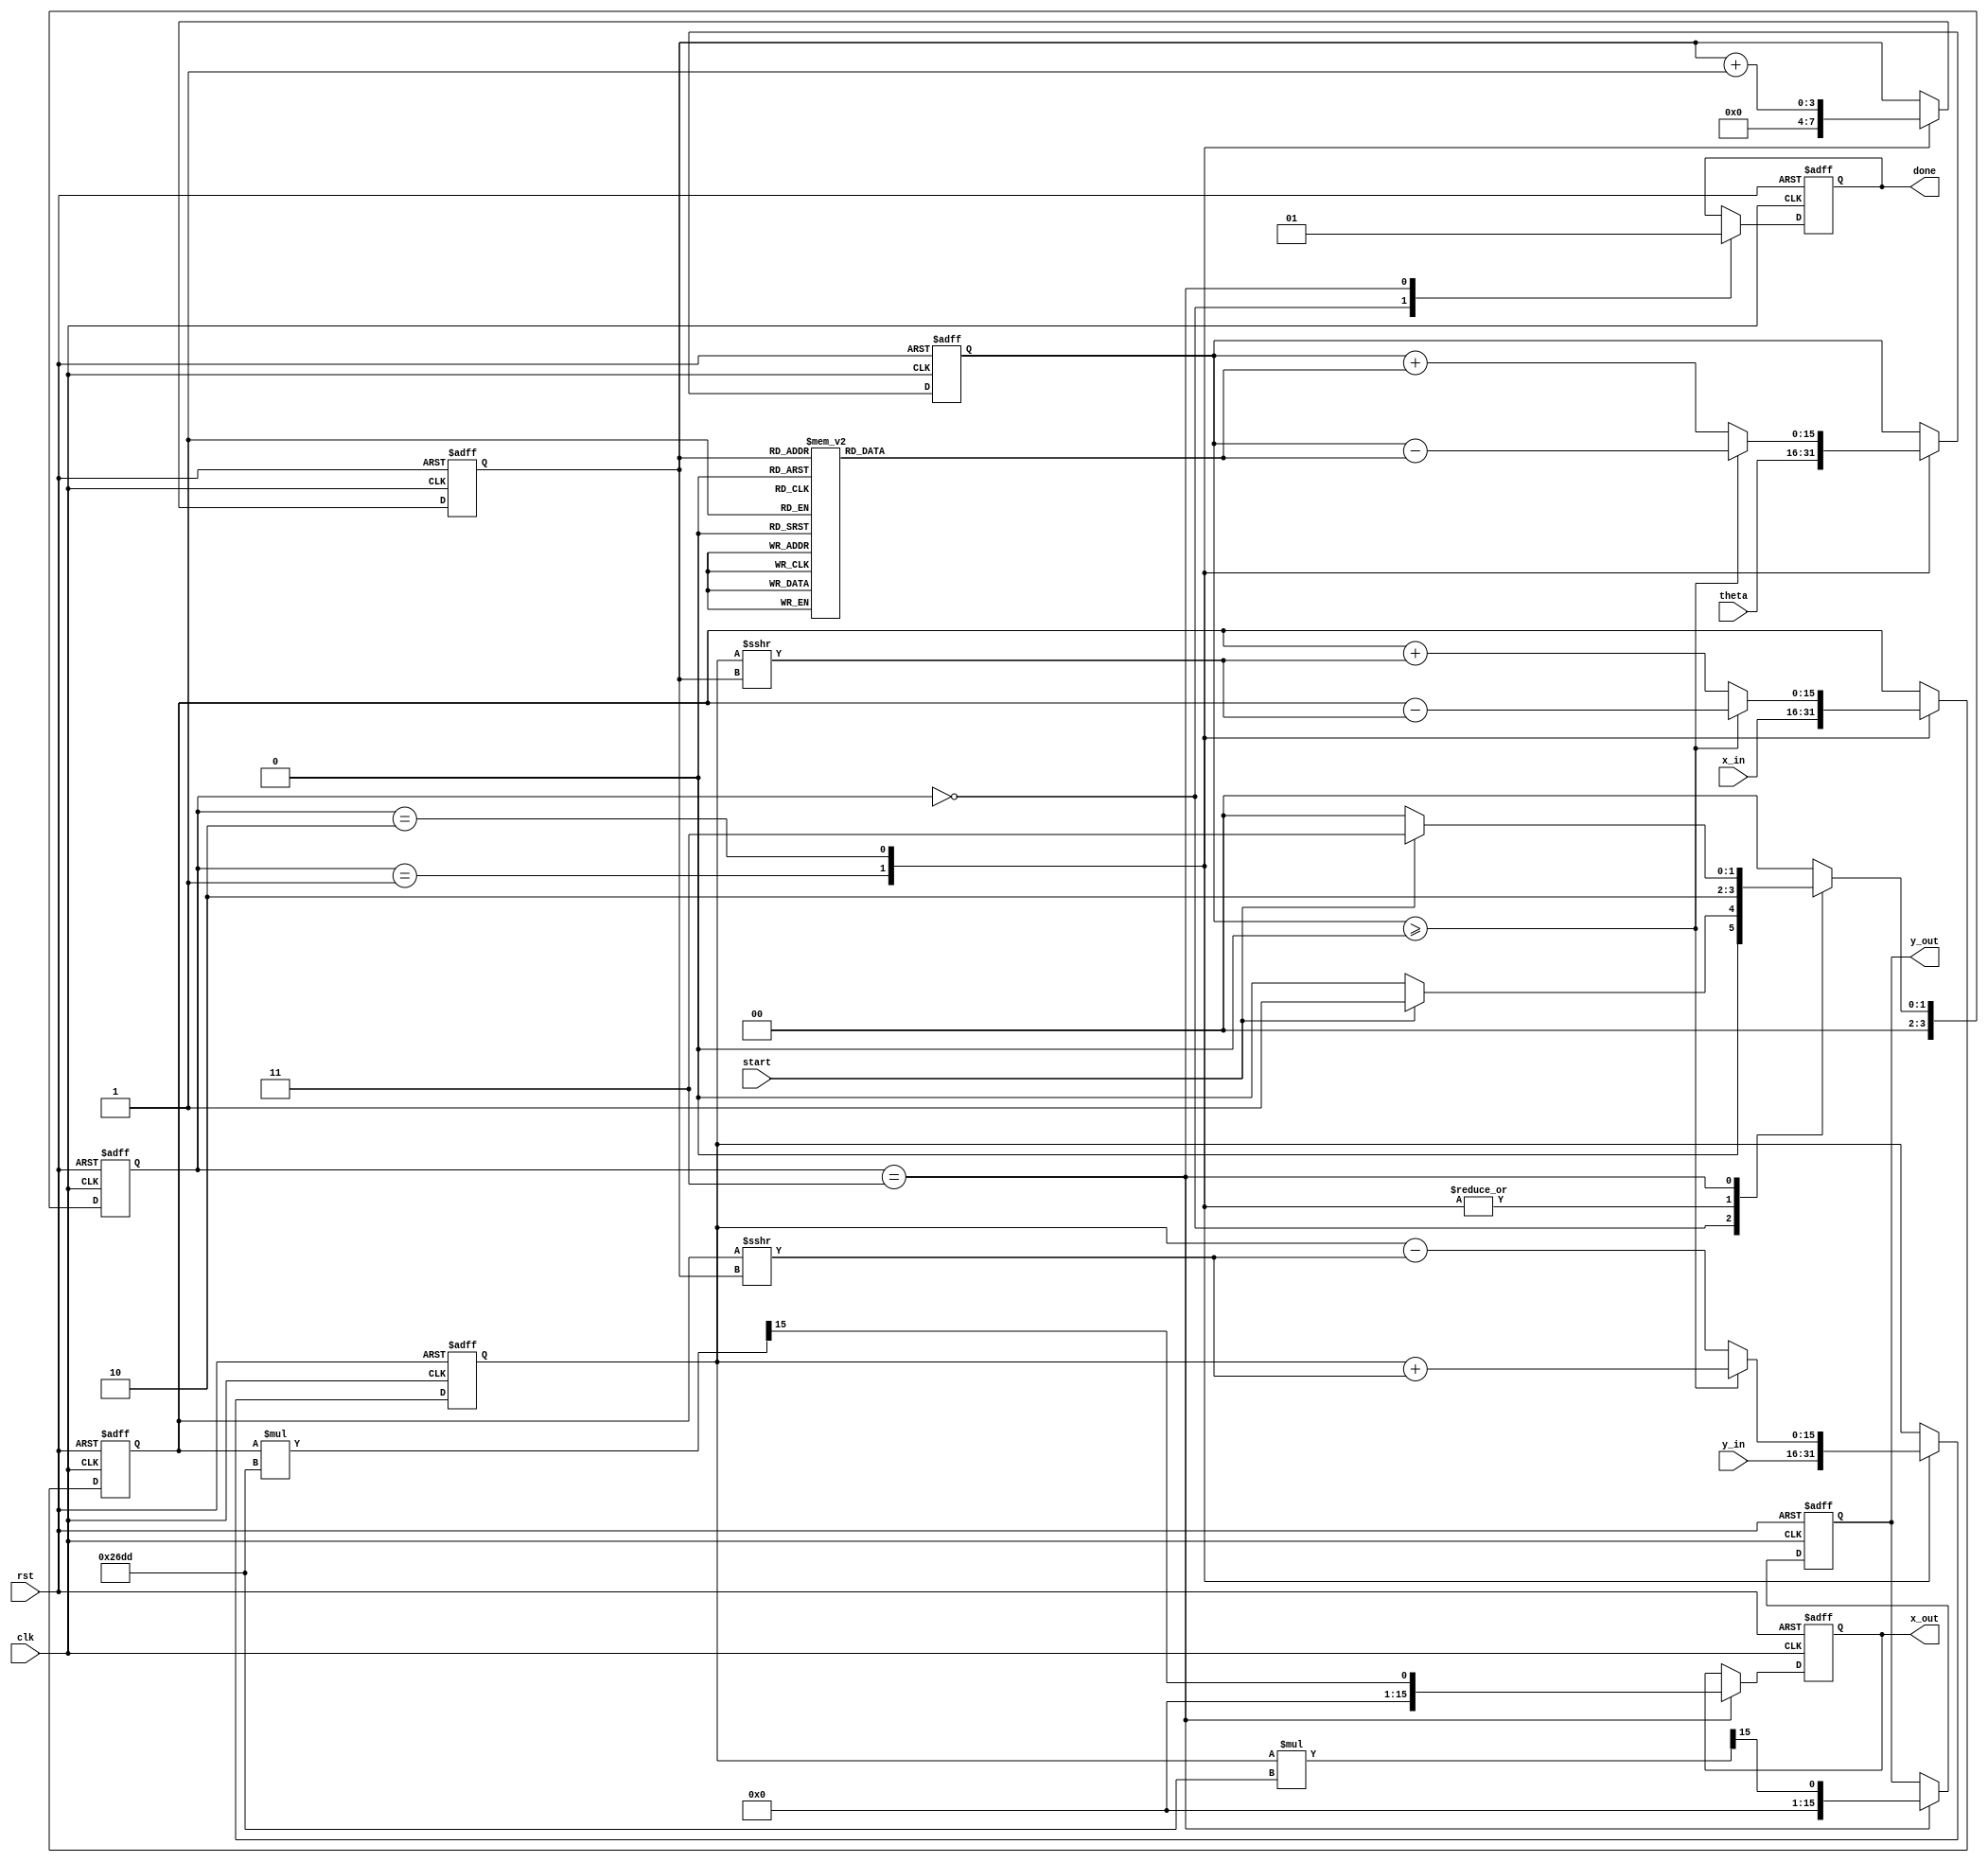
module cordic_2d (
    input clk,
    input rst,
    input start,
    input signed [15:0] x_in,   // Fixed-point x input
    input signed [15:0] y_in,   // Fixed-point y input
    input signed [15:0] theta,   // Fixed-point angle input
    output reg signed [15:0] x_out, // Fixed-point x output
    output reg signed [15:0] y_out, // Fixed-point y output
    output reg done             // Operation completion signal
);

    // Parameters
    parameter ITERATIONS = 16;
    parameter ANGLE_WIDTH = 16;
    parameter CORDIC_GAIN = 16'h26DD; // Scaling factor 1/K = 0.6073...
    
    // Internal Signals
    reg signed [15:0] x_reg, y_reg;
    reg signed [ANGLE_WIDTH-1:0] theta_reg;
    reg [3:0] state, next_state;
    reg [3:0] iteration_count;

    // CORDIC angle lookup table
    reg signed [ANGLE_WIDTH-1:0] angle_table [0:ITERATIONS-1];
    
    initial begin
        // Populate angle lookup table
        angle_table[0] = 16'h3C90; // atan(2^-0)
        angle_table[1] = 16'h3B6F; // atan(2^-1)
        angle_table[2] = 16'h3A8C; // atan(2^-2)
        angle_table[3] = 16'h39A0; // atan(2^-3)
        angle_table[4] = 16'h38F6; // atan(2^-4)
        angle_table[5] = 16'h388E; // atan(2^-5)
        angle_table[6] = 16'h3842; // atan(2^-6)
        angle_table[7] = 16'h3800; // atan(2^-7)
        angle_table[8] = 16'h07C9; // atan(2^-8)
        angle_table[9] = 16'h03E8; // atan(2^-9)
        angle_table[10] = 16'h01FB; // atan(2^-10)
        angle_table[11] = 16'h00FE; // atan(2^-11)
        angle_table[12] = 16'h007F; // atan(2^-12)
        angle_table[13] = 16'h003F; // atan(2^-13)
        angle_table[14] = 16'h001F; // atan(2^-14)
        angle_table[15] = 16'h000F; // atan(2^-15)
    end
    
    // FSM States
    localparam IDLE = 4'b0000,
               INIT = 4'b0001,
               PROCESS = 4'b0010,
               DONE = 4'b0011;

    // State transition logic
    always @(posedge clk or posedge rst) begin
        if (rst) begin
            state <= IDLE;
        end else begin
            state <= next_state;
        end
    end

    // Next state logic
    always @(*) begin
        case (state)
            IDLE: begin
                if (start) 
                    next_state = INIT;
                else 
                    next_state = IDLE;
            end
            INIT: begin
                next_state = PROCESS;
            end
            PROCESS: begin
                if (iteration_count == ITERATIONS)
                    next_state = DONE;
                else 
                    next_state = PROCESS;
            end
            DONE: begin
                if (!start) 
                    next_state = IDLE;
                else 
                    next_state = DONE;
            end
            default: next_state = IDLE;
        endcase
    end

    // Output logic and iteration processing
    always @(posedge clk or posedge rst) begin
        if (rst) begin
            x_reg <= 0;
            y_reg <= 0;
            theta_reg <= 0;
            iteration_count <= 0;
            done <= 0;
            x_out <= 0;
            y_out <= 0;
        end else begin
            case (state)
                IDLE: begin
                    done <= 0;
                end
                INIT: begin
                    x_reg <= x_in;
                    y_reg <= y_in;
                    theta_reg <= theta;
                    iteration_count <= 0;
                end
                PROCESS: begin
                    if (theta_reg >= 0) begin
                        x_reg <= x_reg - (y_reg >>> iteration_count);
                        y_reg <= y_reg + (x_reg >>> iteration_count);
                        theta_reg <= theta_reg - angle_table[iteration_count];
                    end else begin
                        x_reg <= x_reg + (y_reg >>> iteration_count);
                        y_reg <= y_reg - (x_reg >>> iteration_count);
                        theta_reg <= theta_reg + angle_table[iteration_count];
                    end
                    iteration_count <= iteration_count + 1;
                end
                DONE: begin
                    x_out <= x_reg * CORDIC_GAIN >>> 15;  // Apply scaling
                    y_out <= y_reg * CORDIC_GAIN >>> 15;  // Apply scaling
                    done <= 1;
                end
            endcase
        end
    end
endmodule